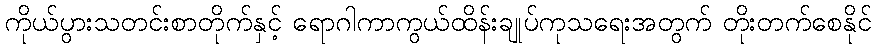
ကိုယ်ပွားသတင်းစာတိုက်နှင့် ရောဂါကာကွယ်ထိန်းချုပ်ကုသရေးအတွက် တိုးတက်စေနိုင်